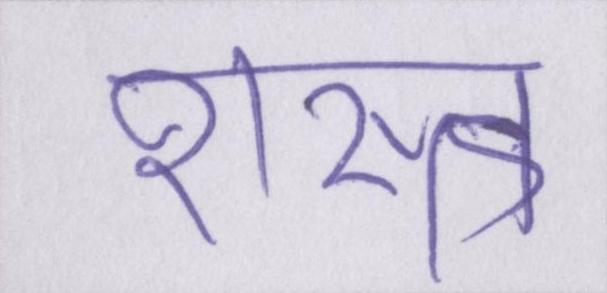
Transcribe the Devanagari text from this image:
शस्त्र